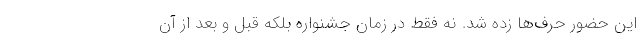
این حضور حرف‌ها زده شد. نه فقط در زمان جشنواره بلکه قبل و بعد از آن